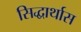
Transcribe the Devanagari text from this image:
सिद्धार्थास